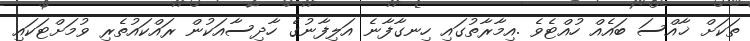
ތަކަށް ޚާއްސަ ބައެއް ހުއްޓެވެ .އިމާރާތުގައި ހިނގާފާނެ އަލިފާނުގެ ހާދިސާއަކުން ރައްކައުތެރި ވުމަށްޓަކައި